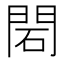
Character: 䦒